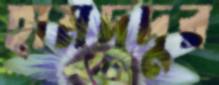
হামদুদুর